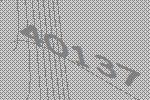
40137